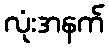
လုံးအနက်